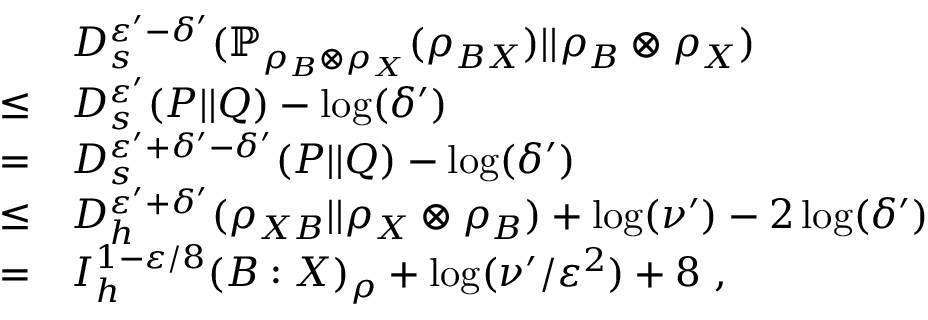
\begin{array} { r l } & { D _ { s } ^ { \varepsilon ^ { \prime } - \delta ^ { \prime } } ( \mathbb { P } _ { \rho _ { B } \otimes \rho _ { X } } ( \rho _ { B X } ) | | \rho _ { B } \otimes \rho _ { X } ) } \\ { \leq } & { D _ { s } ^ { \varepsilon ^ { \prime } } ( P | | Q ) - \log ( \delta ^ { \prime } ) } \\ { = } & { D _ { s } ^ { \varepsilon ^ { \prime } + \delta ^ { \prime } - \delta ^ { \prime } } ( P | | Q ) - \log ( \delta ^ { \prime } ) } \\ { \leq } & { D _ { h } ^ { \varepsilon ^ { \prime } + \delta ^ { \prime } } ( \rho _ { X B } | | \rho _ { X } \otimes \rho _ { B } ) + \log ( \nu ^ { \prime } ) - 2 \log ( \delta ^ { \prime } ) } \\ { = } & { I _ { h } ^ { 1 - \varepsilon / 8 } ( B : X ) _ { \rho } + \log ( \nu ^ { \prime } / \varepsilon ^ { 2 } ) + 8 \ , } \end{array}